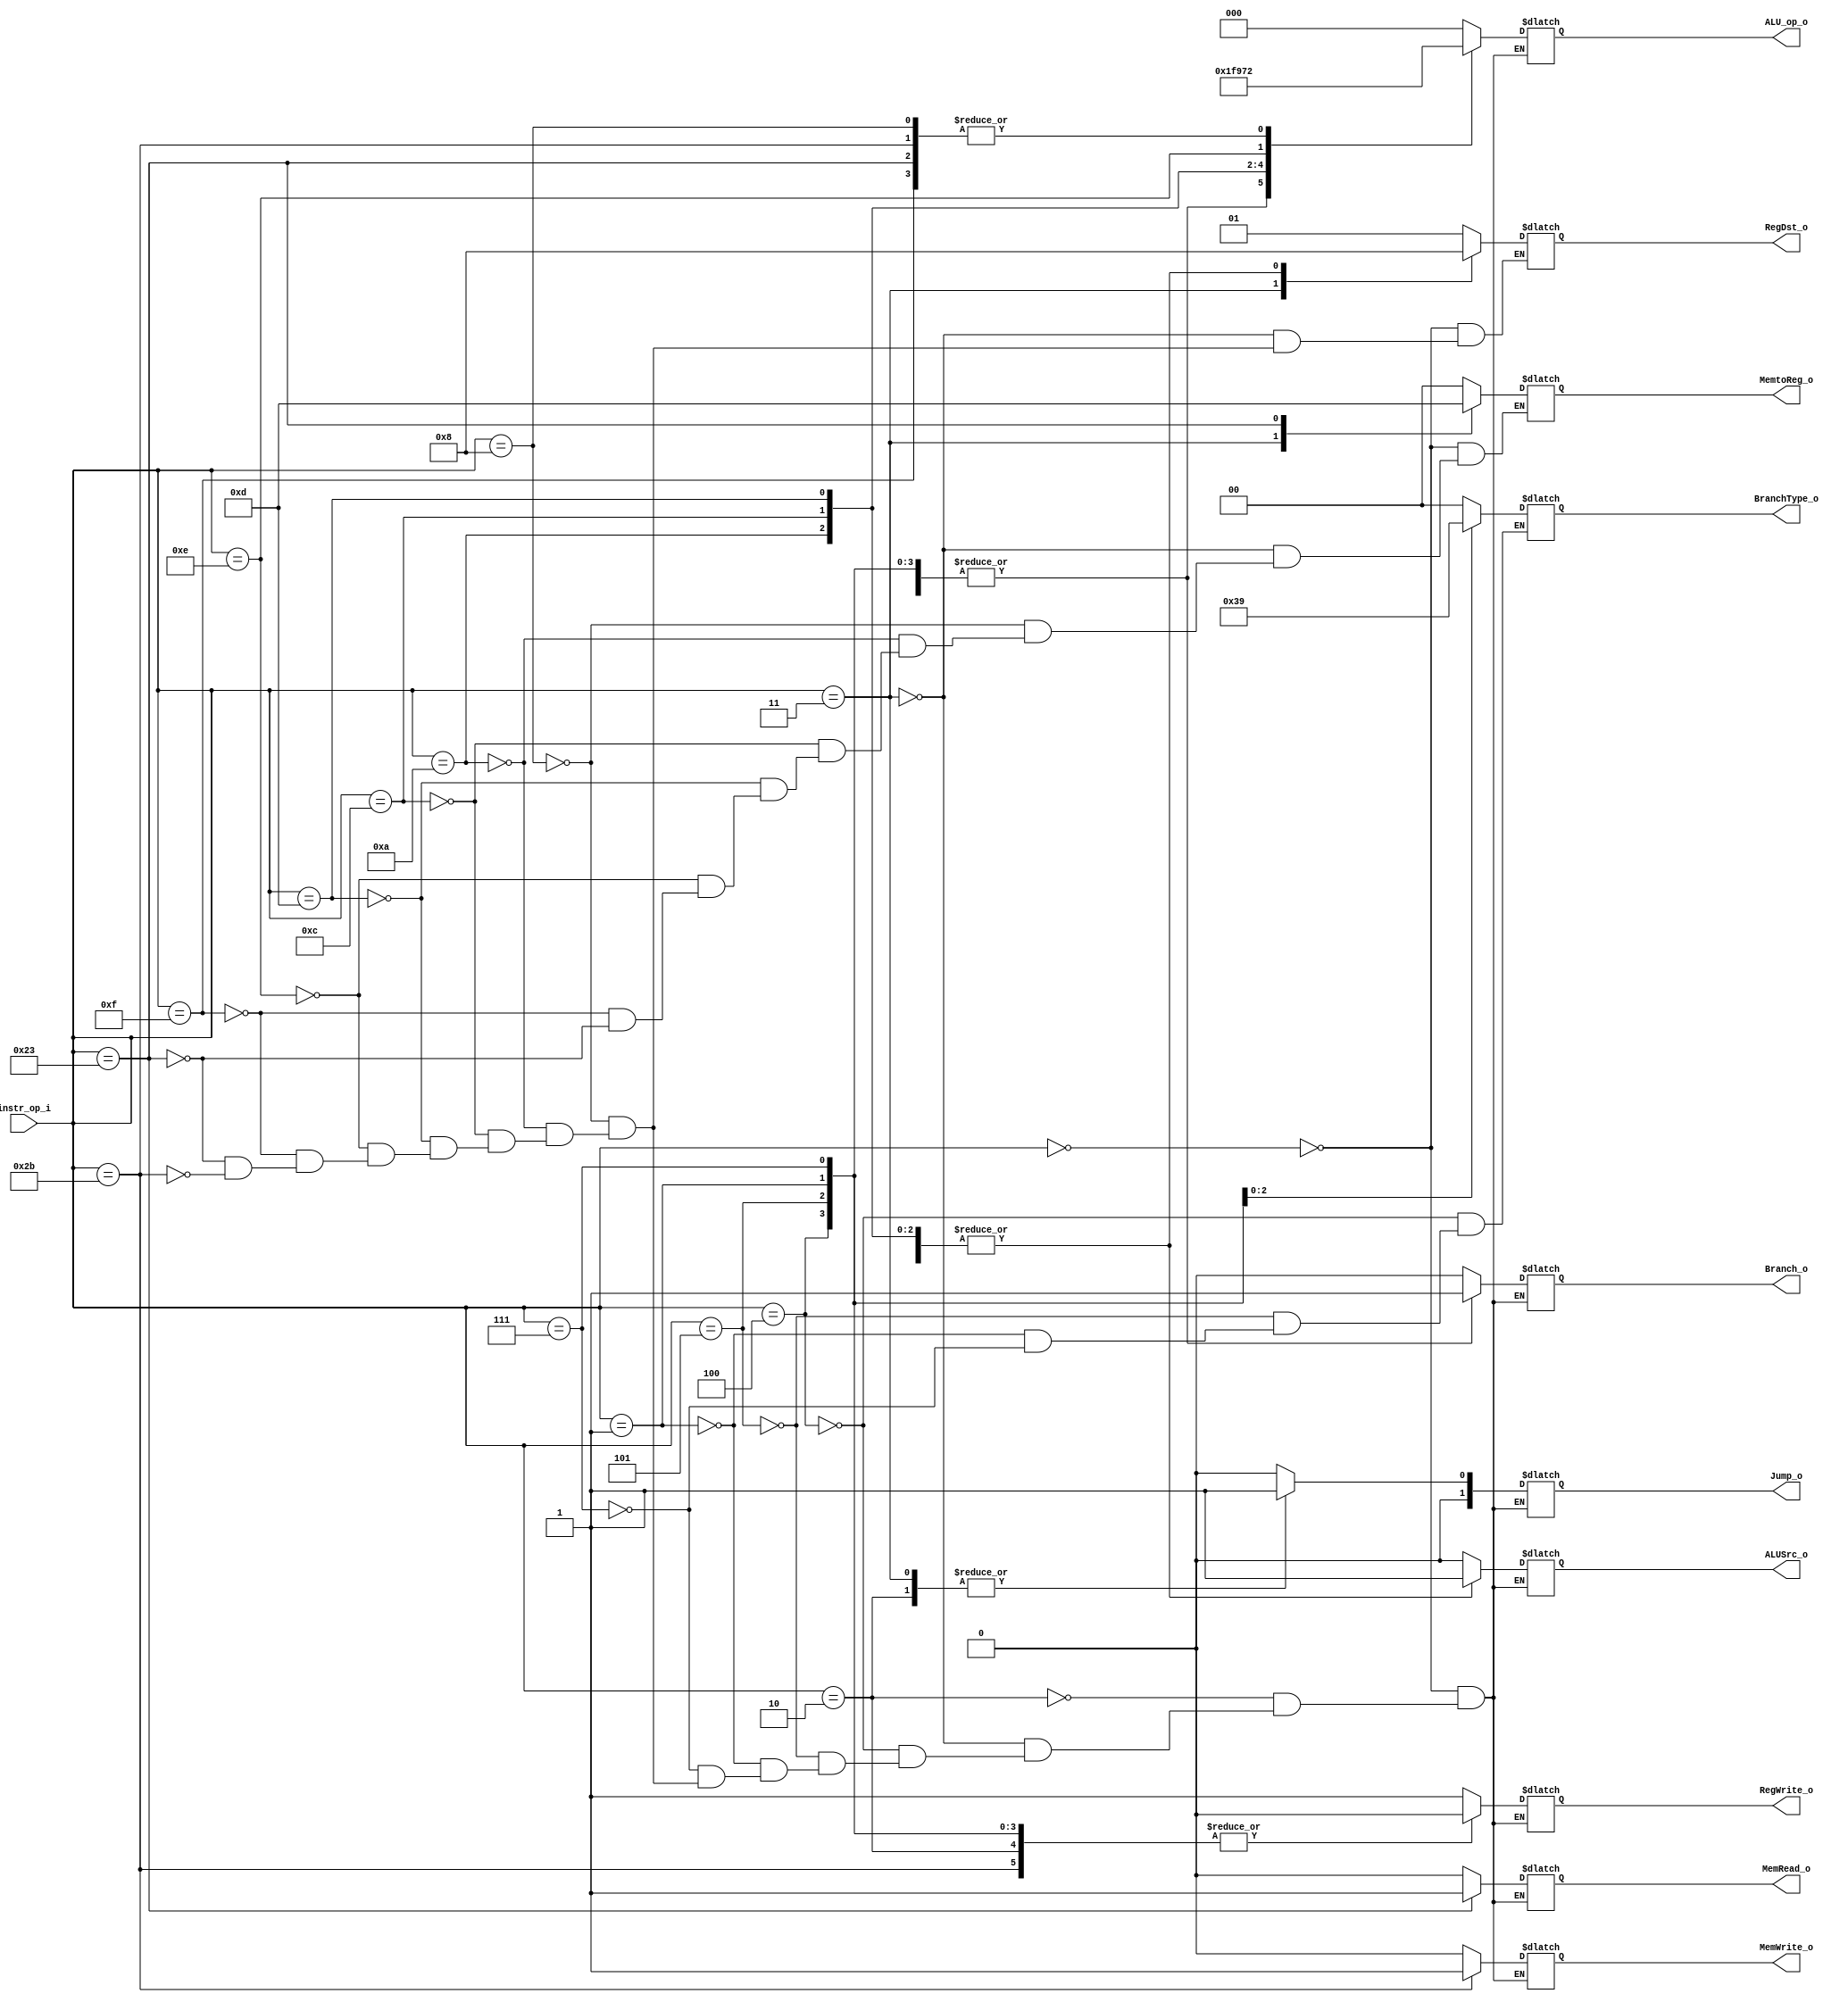
//0613246
//Subject:     CO project 2 - Decoder
//--------------------------------------------------------------------------------
//Version:     1
//--------------------------------------------------------------------------------
//Writer:      Luke
//----------------------------------------------
//----------------------------------------------
//Description: 
//--------------------------------------------------------------------------------

module Decoder(
	instr_op_i,
	RegWrite_o,
	ALU_op_o,
	ALUSrc_o,
	RegDst_o,
	Branch_o,
	BranchType_o,
	Jump_o,
	MemRead_o,
	MemWrite_o,
	MemtoReg_o
	);
     
//I/O ports
input  [6-1:0]  instr_op_i;

output	        RegWrite_o;
output [3-1:0]  ALU_op_o;
output		ALUSrc_o;
output [2-1:0]  RegDst_o;
output		Branch_o;
output [2-1:0]  BranchType_o;
output [2-1:0]	Jump_o;
output		MemRead_o;
output		MemWrite_o;
output [2-1:0]  MemtoReg_o;
 
//Internal Signals
reg    [3-1:0]  ALU_op_o;
reg		ALUSrc_o;
reg		RegWrite_o;
reg    [2-1:0]  RegDst_o;
reg		Branch_o;
reg    [2-1:0]  BranchType_o;
reg    [2-1:0]	Jump_o;
reg		MemRead_o;
reg		MemWrite_o;
reg    [2-1:0]  MemtoReg_o;

//Parameter


//Main function
always @(instr_op_i) begin
	case (instr_op_i[5:0])
		6'b000000:begin// R-type
			ALU_op_o = 3'b000;
			ALUSrc_o = 0;
			RegWrite_o = 1;
			RegDst_o = 1;
			Branch_o = 0;
			Jump_o = 0;
			MemRead_o = 0;
			MemWrite_o = 0;
			MemtoReg_o = 0;
		end
		6'b000010:begin// j
			ALU_op_o = 3'b011;
			ALUSrc_o = 0;
			Branch_o = 1;
			MemRead_o = 0;
			MemWrite_o = 0;
			Jump_o = 1;
			RegWrite_o = 0;
		end
		6'b000011:begin// jal
			ALU_op_o = 3'b011;
			ALUSrc_o = 0;
			Branch_o = 1;
			MemRead_o = 0;
			MemWrite_o = 0;			
			Jump_o = 1;
			RegWrite_o = 1;
			RegDst_o = 2'd2;
			MemtoReg_o = 2'd3;
		end
		6'b000100:begin// beq
			ALU_op_o = 3'b011;
			ALUSrc_o = 0;
			Branch_o = 1;
			MemRead_o = 0;
			MemWrite_o = 0;			
			BranchType_o = 2'd0;
			Jump_o = 0;
			RegWrite_o = 0;
		end
		6'b000101:begin// bne
			ALU_op_o = 3'b011;
			ALUSrc_o = 0;
			Branch_o = 1;
			MemRead_o = 0;
			MemWrite_o = 0;			
			BranchType_o = 2'd3;
			Jump_o = 0;
			RegWrite_o = 0;
		end
		6'b000001:begin// bge
			ALU_op_o = 3'b011;
			ALUSrc_o = 0;
			Branch_o = 1;
			MemRead_o = 0;
			MemWrite_o = 0;			
			BranchType_o = 2'd2;
			Jump_o = 0;
			RegWrite_o = 0;
		end	
		6'b000111:begin// bgt
			ALU_op_o = 3'b011;
			ALUSrc_o = 0;
			Branch_o = 1;
			MemRead_o = 0;
			MemWrite_o = 0;			
			BranchType_o = 2'd1;
			Jump_o = 0;
			RegWrite_o = 0;
		end	
		6'b001000:begin//addi
			ALUSrc_o = 1;
			RegWrite_o = 1;
			RegDst_o = 0;
			Branch_o = 0;
			Jump_o = 0;
			MemRead_o = 0;
			MemWrite_o = 0;
			MemtoReg_o = 0;
			ALU_op_o = 3'b010;
		end
		6'b001010:begin// slti
			ALUSrc_o = 1;
			RegWrite_o = 1;
			RegDst_o = 0;
			Branch_o = 0;
			Jump_o = 0;
			MemRead_o = 0;
			MemWrite_o = 0;
			MemtoReg_o = 0;
			ALU_op_o = 3'b111; 
		end
		6'b001100:begin// andi
			ALUSrc_o = 1;
			RegWrite_o = 1;
			RegDst_o = 0;
			Branch_o = 0;
			Jump_o = 0;
			MemRead_o = 0;
			MemWrite_o = 0;
			MemtoReg_o = 0;
			ALU_op_o = 3'b100; 
		end
		6'b001101:begin// ori
			ALUSrc_o = 1;
			RegWrite_o = 1;
			RegDst_o = 0;
			Branch_o = 0;
			Jump_o = 0;
			MemRead_o = 0;
			MemWrite_o = 0;
			MemtoReg_o = 0;
			ALU_op_o = 3'b101; 
		end
		6'b001110:begin// xori
			ALUSrc_o = 1;
			RegWrite_o = 1;
			RegDst_o = 0;
			Branch_o = 0;
			Jump_o = 0;
			MemRead_o = 0;
			MemWrite_o = 0;
			MemtoReg_o = 0;
			ALU_op_o = 3'b110; 
		end
		6'b001111:begin// lui
			ALUSrc_o = 1;
			RegWrite_o = 1;
			RegDst_o = 0;
			Branch_o = 0;
			Jump_o = 0;
			MemRead_o = 0;
			MemWrite_o = 0;
			MemtoReg_o = 0;
			ALU_op_o = 3'b010; 
		end
		6'b100011: begin // load
			ALU_op_o = 3'b010;
			ALUSrc_o = 1;
			RegWrite_o = 1;
			RegDst_o = 0;
			Branch_o = 0;
			Jump_o = 0;
			MemRead_o = 1;
			MemWrite_o = 0;
			MemtoReg_o = 1;
		end
		6'b101011: begin // store
			ALU_op_o = 3'b010;
			ALUSrc_o = 1;
			RegWrite_o = 0;
			RegDst_o = 0;
			Branch_o = 0;
			Jump_o = 0;
			MemRead_o = 0;
			MemWrite_o = 1;
		end
	endcase
end
endmodule